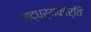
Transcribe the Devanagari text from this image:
सद्धर्मकीर्ति